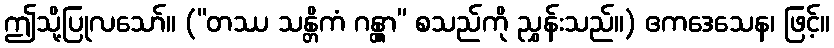
ဤသို့ပြုလသော်။ (“တဿ သန္တိကံ ဂန္တွာ” စသည်ကို ညွှန်းသည်။) ဧကဒေသေန၊ ဖြင့်။